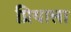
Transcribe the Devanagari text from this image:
प्रियाला